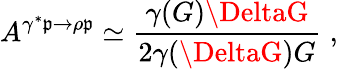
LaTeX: A^{\gamma^{*}\mathfrak{p}\to\rho\mathfrak{p}}\simeq\frac{{\gamma(G)\DeltaG}}{{2\gamma(\DeltaG)G}}\; ,